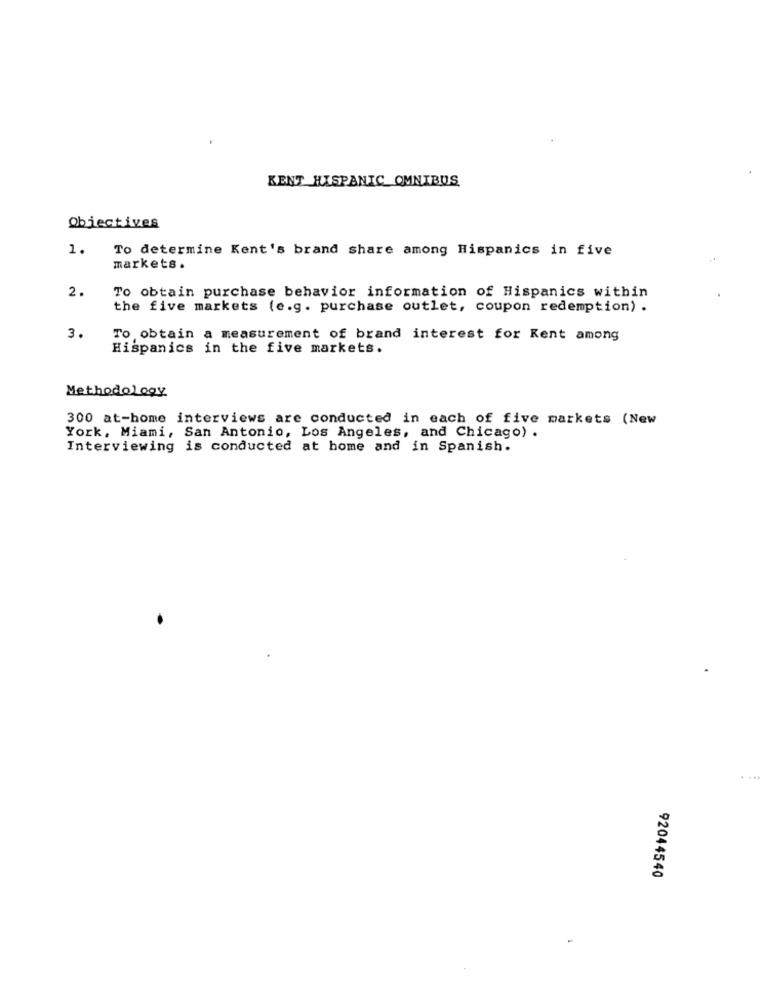
KENT HISPANIC OMNIBUS
Objectives
1.
To determine Kent's brand share among Hispanics in five
markets.
2.
To obtain purchase behavior information of Hispanics within
the five markets (e.g. purchase outlet, coupon redemption) .
3.
To obtain a measurement of brand interest for Rent among
Hispanics in the five markets.
Methodology
300 at-home interviews are conducted in each of five markets (New
York, Miami, San Antonio, Los Angeles, and Chicago) .
Interviewing is conducted at home and in Spanish.
92044540